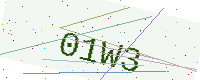
Text: 01W3